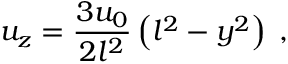
u _ { z } = \frac { 3 u _ { 0 } } { 2 l ^ { 2 } } \left( l ^ { 2 } - y ^ { 2 } \right) \; ,